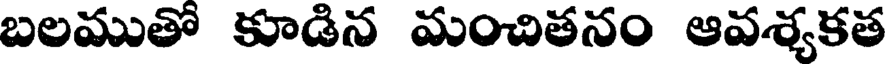
బలముతో కూడిన మంచితనం ఆవశ్యకత